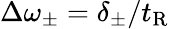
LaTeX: \Delta\omega_{\pm}=\delta_{\pm}/t_{\mathrm{R}}